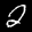
Label: 2